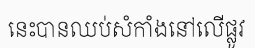
នេះបានឈប់សំកាំងនៅលើផ្លូវ